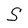
Character: S